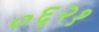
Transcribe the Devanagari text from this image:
०६२१